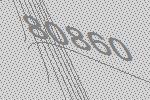
80860